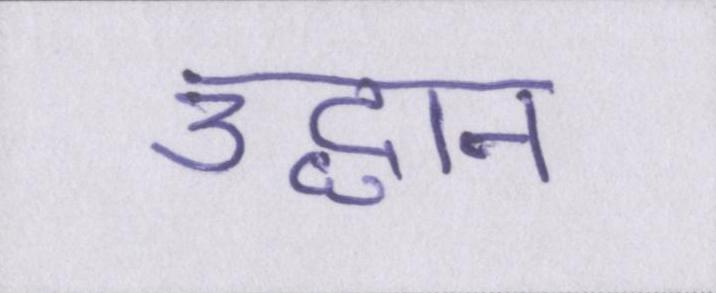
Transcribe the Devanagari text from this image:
उद्धान